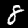
Label: 8